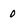
Character: 0